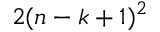
2 ( n - k + 1 ) ^ { 2 }